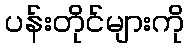
ပန်းတိုင်များကို